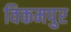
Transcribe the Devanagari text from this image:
विकमपुर